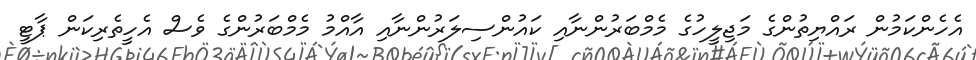
އެހެންކަމުން ރައްޔިތުންގެ މަޖިލީހުގެ މެމްބަރުންނާއި ކައުންސިލަރުންނާއި އާއްމު މެމްބަރުންގެ ވެސް އެހީތެރިކަން ޕާޓީ